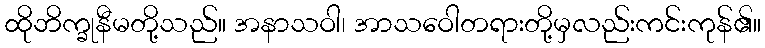
ထိုဘိက္ခုနီမတို့သည်။ အနာသဝါ၊ အာသဝေါတရားတို့မှလည်းကင်းကုန်၏။